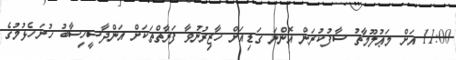
11:00 އަށް މަޢުލޫމާތު ސާފުކުރަން އޮންނަ ގަޑިއަށް ހާޒިރުނުވާ ފަރާތްތަކަށް އަންދާސީހިސާބު ހުށަހެޅުމުގެ